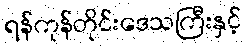
ရန်ကုန်တိုင်းဒေသကြီးနှင့်